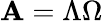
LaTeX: \mathbf{A}=\Lambda\Omega